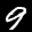
Label: 9